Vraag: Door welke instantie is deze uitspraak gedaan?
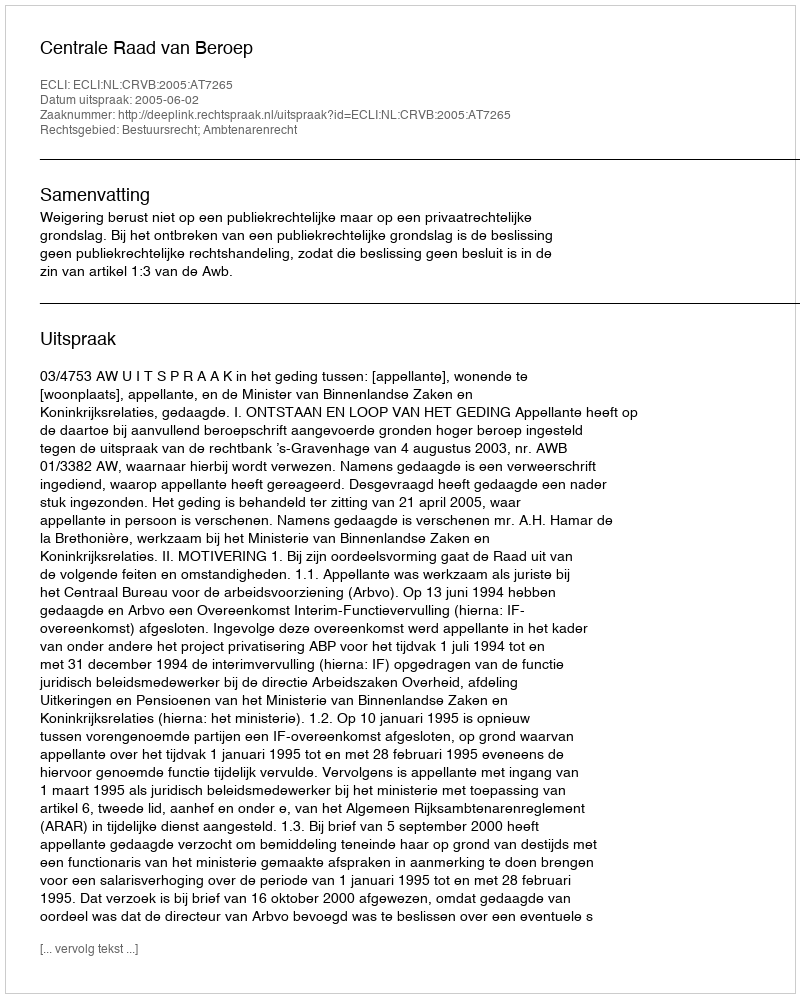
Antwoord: Centrale Raad van Beroep